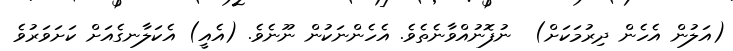
(އަލުން އެހެން ދިރުމަކަށް)  ނުފޮނުއްވާނެތެވެ. އެހެންނަކުން ނޫނެވެ. (އެއީ) އެކަލާނގެއަށް ކަށަވަރުވެ